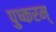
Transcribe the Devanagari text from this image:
पुष्करम्‌